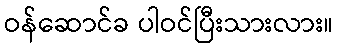
ဝန်ဆောင်ခ ပါဝင်ပြီးသားလား။